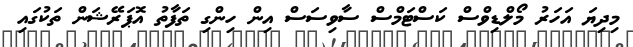
މިިދިޔަ އަހަރު މޯލްޑިވްސް ކަސްޓަމްސް ސާވިސަސް އިން ހިންގި ތަފާތު އޮޕަރޭޝަން ތަކުގައި